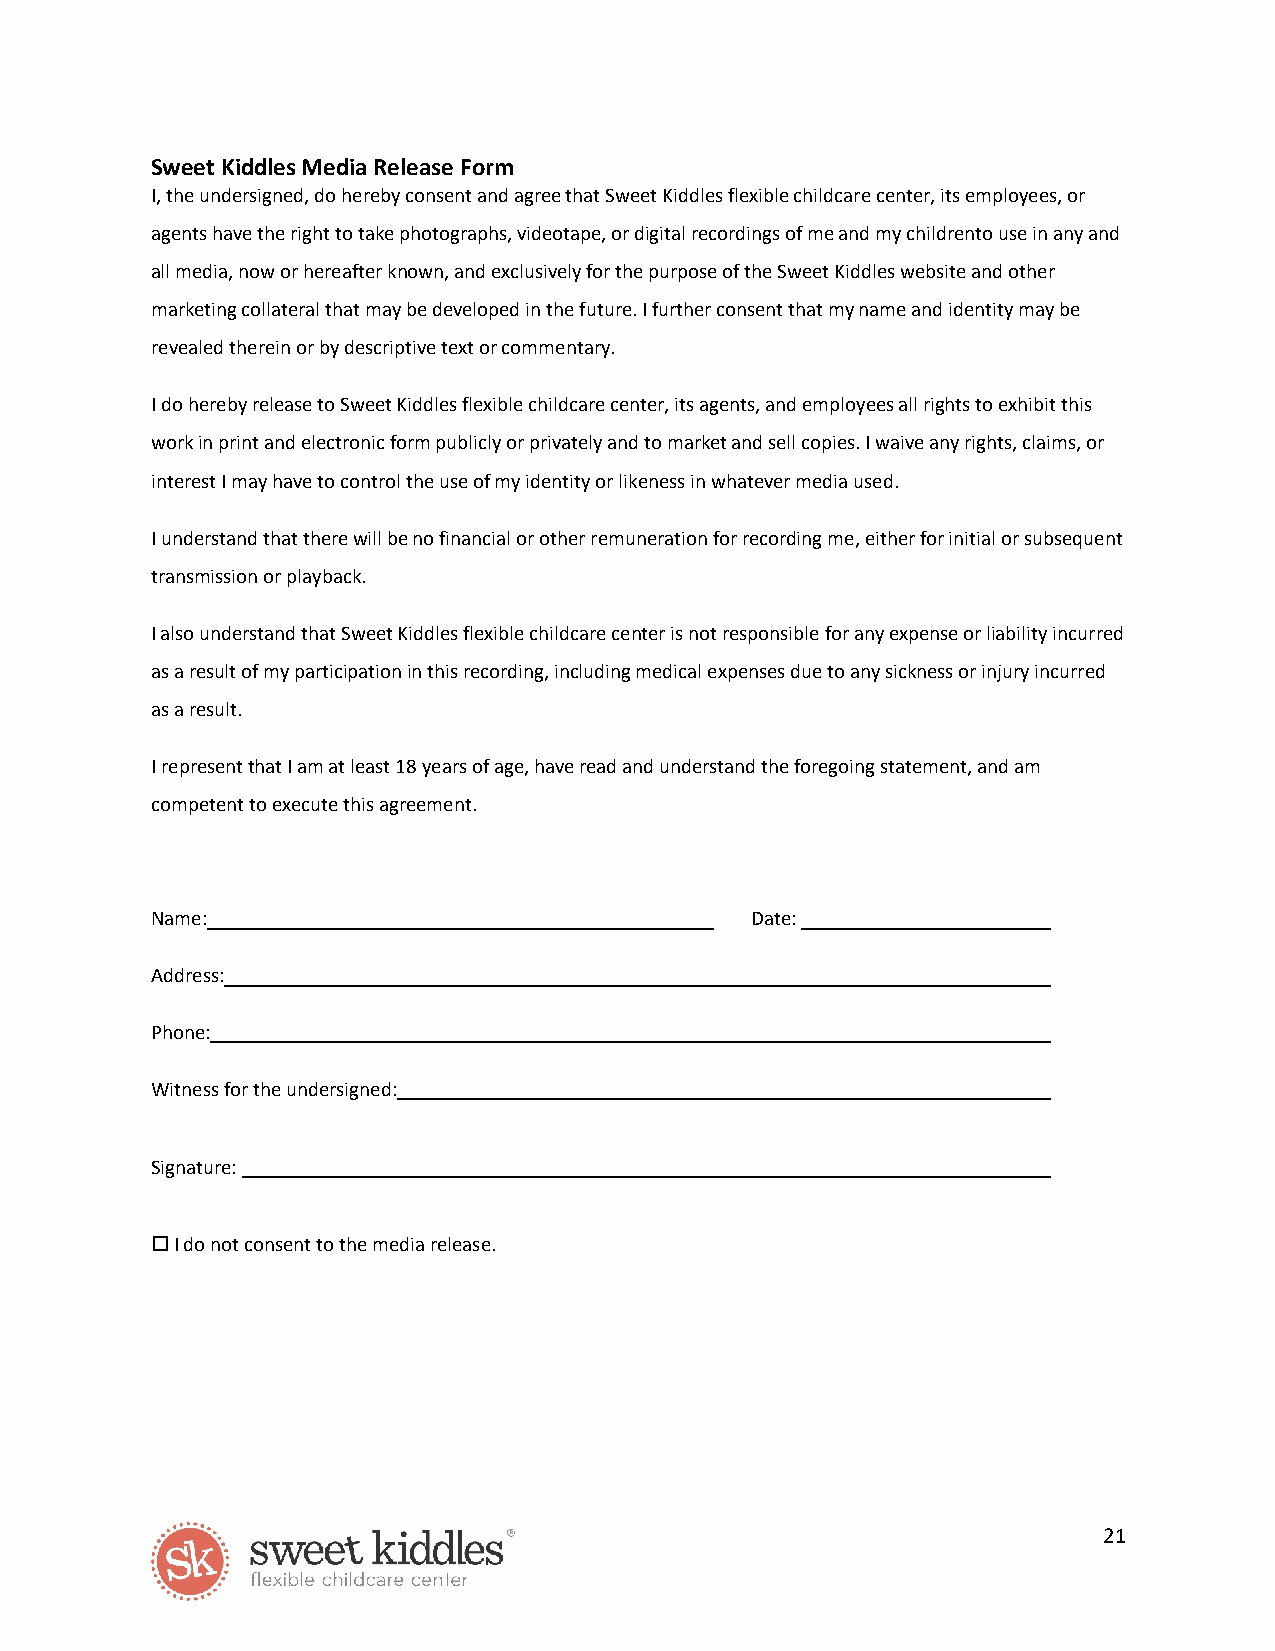
Sweet Kiddles Media Release Form
 I, the undersigned, do hereby consent and agree that Sweet Kiddles flexible childcare center, its employees, or
 agents have the right to take photographs, videotape, or digital recordings of me and my childrento use in any and
 all media, now or hereafter known, and exclusively for the purpose of the Sweet Kiddles website and other
 marketing collateral that may be developed in the future. I further consent that my name and identity may be
 revealed therein or by descriptive text or commentary.
 I do hereby release to Sweet Kiddles flexible childcare center, its agents, and employees all rights to exhibit this
 work in print and electronic form publicly or privately and to market and sell copies. I waive any rights, claims, or
 interest I may have to control the use of my identity or likeness in whatever media used.
 I understand that there will be no financial or other remuneration for recording me, either for initial or subsequent
 transmission or playback.
 I also understand that Sweet Kiddles flexible childcare center is not responsible for any expense or liability incurred
 as a result of my participation in this recording, including medical expenses due to any sickness or injury incurred
 as a result.
 I represent that I am at least 18 years of age, have read and understand the foregoing statement, and am
 competent to execute this agreement.
 Name:                                   Date:
 Address:
 Phone:
 Witness for the undersigned:
 Signature:
 o I do not consent to the media release.
 21